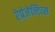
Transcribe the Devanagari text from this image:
रेप्रेज़ेन्टिव्स